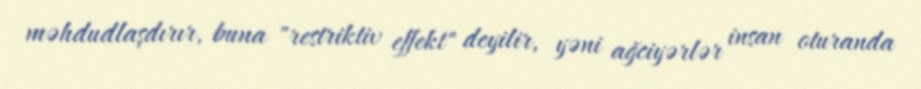
məhdudlaşdırır, buna "restriktiv effekt" deyilir, yəni ağciyərlər insan oturanda